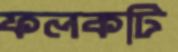
ফলকটি